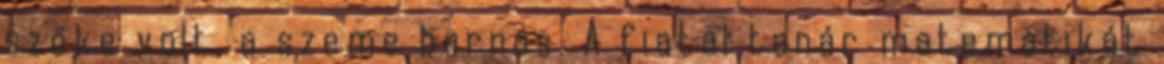
szőke volt, a szeme barnás. A fiatal tanár matematikát